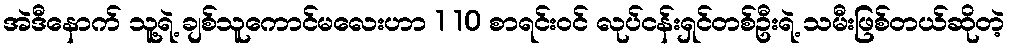
အဲဒီနောက် သူ့ရဲ့ ချစ်သူကောင်မလေးဟာ 1 10 စာရင်းဝင် လုပ်ငန်းရှင်တစ်ဦးရဲ့ သမီးဖြစ်တယ်ဆိုတဲ့